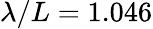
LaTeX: \lambda/L=1.046